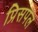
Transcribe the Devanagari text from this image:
प्रिसपल